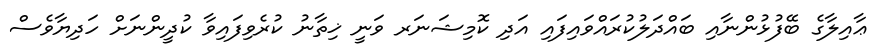
ޢާއިލާގެ ބޭފުޅުންނާއި ބައްދަލުކުރައްވައިފައި އަދި ކޮމިޝަނަރ ވަނީ ޚިތާނު ކުރެވިފައިވާ ކުދީންނަށް ހަދިޔާވެސް